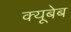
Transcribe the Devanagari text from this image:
क्यूबेब